Report on vaccination in Madras 1922-1929 - 1922-1929
Year: 1922
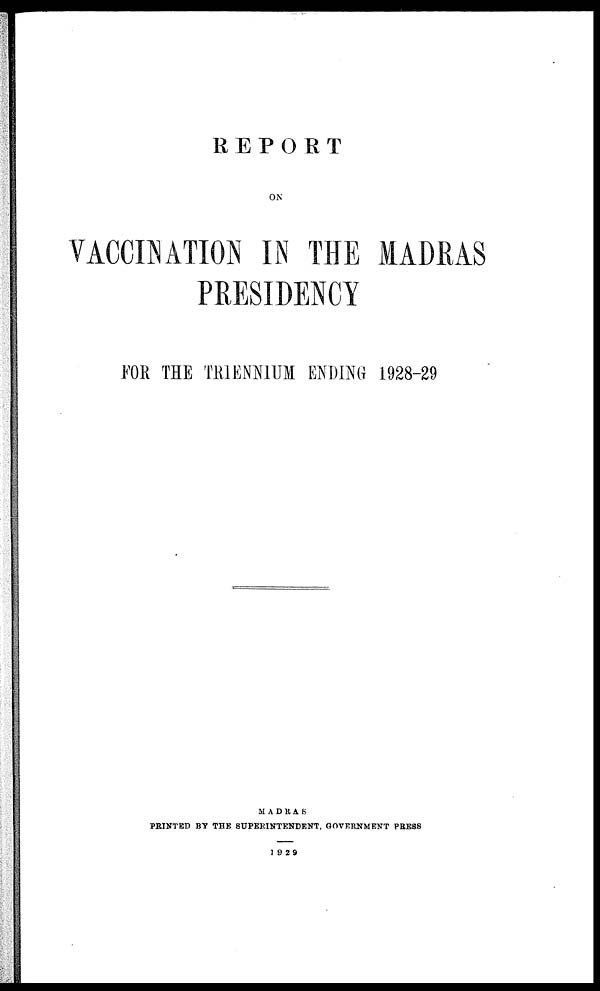
REPORT
ON
VACCINATION IN THE MADRAS
PRESIDENCY
FOR THE TRIENNIUM ENDING 1928-29
MADRAS
PRINTED BY THE SUPERINTENDENT, GOVERNMENT PRESS
1929